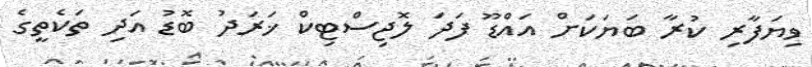
ވިޔަފާރި ކުރާ ބަޔަކަށް އައްޑޫ ފަދަ ލޮޖިސްޓިކް ޚަރަދު ބޮޑު އަދި ތަކެތީގެ